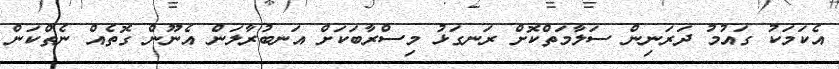
އެކަމަކު ގައުމު ދަރަނިން ސަލާމަތްކޮށް ރަނގަޅު މިސްރާބަކަށް އަނބުރާލަން އެނޫން ގޮތެއް ނެތްކަން